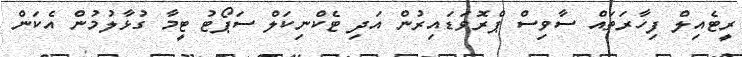
ރީޓެއިލް ފިހާރަތައް ސާވިސް ޕްރޮވަޑައިރުން އަދި ޓެކްނިކަލް ސަޕޯޓު ޓީމާ ގުޅާލުމުން އެކަން